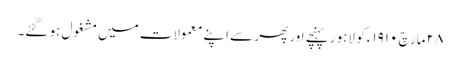
٢٨ مارچ ١٩١٠ء کو لاہور پہنچے اور پھر سے اپنے معمولات میں مشغول ہو گئے۔